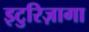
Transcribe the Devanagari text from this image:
इटुरिज़ागा